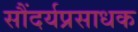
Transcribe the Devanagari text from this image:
सौंदर्यप्रसाधक